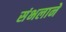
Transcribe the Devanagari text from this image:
संभलाने